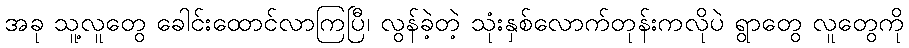
အခု သူ့လူတွေ ခေါင်းထောင်လာကြပြီ၊ လွန်ခဲ့တဲ့ သုံးနှစ်လောက်တုန်းကလိုပဲ ရွာတွေ လူတွေကို